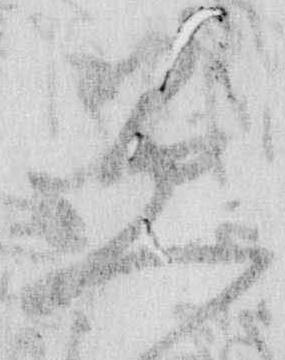
愚